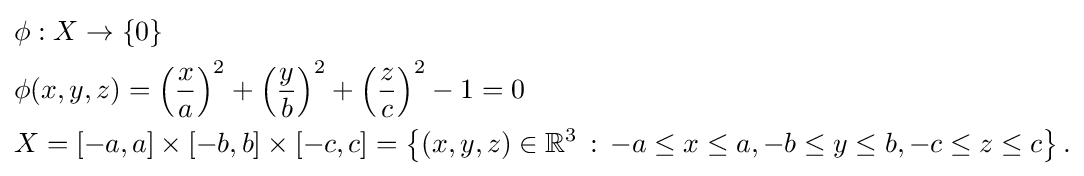
{\begin{aligned}&\phi :X\to \{0\}\\&\phi (x,y,z)=\left({\frac {x}{a}}\right)^{2}+\left({\frac {y}{b}}\right)^{2}+\left({\frac {z}{c}}\right)^{2}-1=0\\&X=[-a,a]\times [-b,b]\times [-c,c]=\left\{(x,y,z)\in \mathbb {R} ^{3}\,:\,-a\leq x\leq a,-b\leq y\leq b,-c\leq z\leq c\right\}.\end{aligned}}